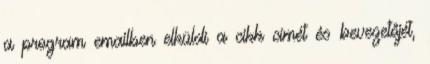
a program emailben elküldi a cikk címét és bevezetőjét,